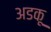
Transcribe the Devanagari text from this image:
अडकू